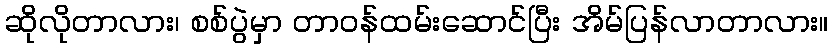
ဆိုလိုတာလား၊ စစ်ပွဲမှာ တာဝန်ထမ်းဆောင်ပြီး အိမ်ပြန်လာတာလား။